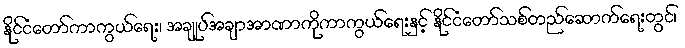
နိုင်ငံတော်ကာကွယ်ရေး၊ အချုပ်အချာအာဏာကိုကာကွယ်ရေးနှင့် နိုင်ငံတော်သစ်တည်ဆောက်ရေးတွင်၊